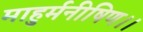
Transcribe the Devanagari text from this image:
माहुर्मनीषिण।।